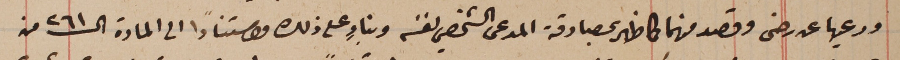
ودعيها عن رضى وقصد منهما كما ظهر بمصادقة المدعى الشخصي لنفسه وبناءٍ على ذلك واستناداً الى المادة الـ٢٦١ من